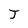
Character: J